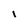
Character: l